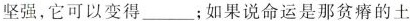
坚强，它可以变得___；如果说命运是那贫瘠的土